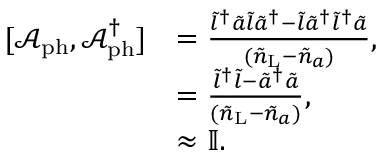
\begin{array} { r l } { [ \mathcal { A } _ { \mathrm { p h } } , \mathcal { A } _ { \mathrm { p h } } ^ { \dagger } ] } & { = \frac { \tilde { l } ^ { \dagger } \tilde { a } \tilde { l } \tilde { a } ^ { \dagger } - \tilde { l } \tilde { a } ^ { \dagger } \tilde { l } ^ { \dagger } \tilde { a } } { ( \tilde { n } _ { \mathrm { L } } - \tilde { n } _ { a } ) } , } \\ & { = \frac { \tilde { l } ^ { \dagger } \tilde { l } - \tilde { a } ^ { \dagger } \tilde { a } } { { ( \tilde { n } _ { \mathrm { L } } - \tilde { n } _ { a } ) } } , } \\ & { \approx \mathbb { I } . } \end{array}